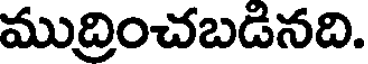
ముద్రించబడినది.